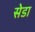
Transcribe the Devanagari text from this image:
सेडा